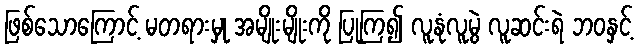
ဖြစ်သောကြောင့် မတရားမှု အမျိုးမျိုးကို ပြုကြ၍ လူနုံလူမွဲ လူဆင်းရဲ ဘဝနှင့်